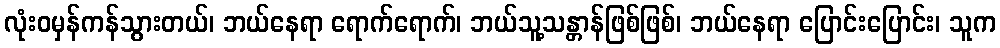
လုံးဝမှန်ကန်သွားတယ်၊ ဘယ်နေရာ ရောက်ရောက်၊ ဘယ်သူ့သန္တာန်ဖြစ်ဖြစ်၊ ဘယ်နေရာ ပြောင်းပြောင်း၊ သူက